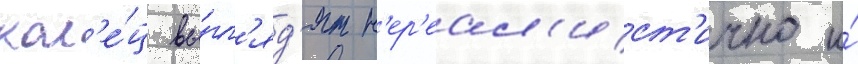
кол'е́ц вы́гл'яд'ят н'ер'еал'ист'ично и́